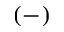
( - )